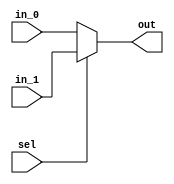
`timescale 1ns / 1ps
//////////////////////////////////////////////////////////////////////////////////
/* 5  2  1 MUX

in_05  0 
in_15  1 
sel

out MUX
*/
//////////////////////////////////////////////////////////////////////////////////


module MUX_5_2_1(in_0, in_1, sel, out);
    input[4:0] in_0, in_1;
    input sel;
    output [4:0] out;
	assign out = (sel == 1'b0 ? in_0:in_1);
endmodule